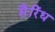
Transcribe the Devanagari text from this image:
सैरिंध